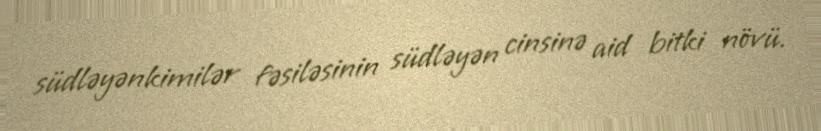
südləyənkimilər fəsiləsinin südləyən cinsinə aid bitki növü.